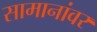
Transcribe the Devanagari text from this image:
सामानांवर